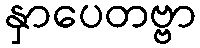
နှာပေတဗ္ဗာ